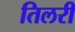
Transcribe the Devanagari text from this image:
तिलरी